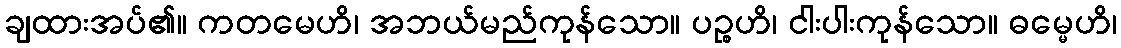
ချထားအပ်၏။ ကတမေဟိ၊ အဘယ်မည်ကုန်သော။ ပဉ္စဟိ၊ ငါးပါးကုန်သော။ ဓမ္မေဟိ၊